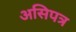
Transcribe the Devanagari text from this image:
असिपत्र